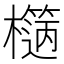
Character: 𣞬